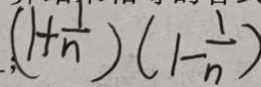
( 1 + \frac { 1 } { n } ) ( 1 - \frac { 1 } { n } )